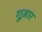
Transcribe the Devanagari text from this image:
गुज़़ार